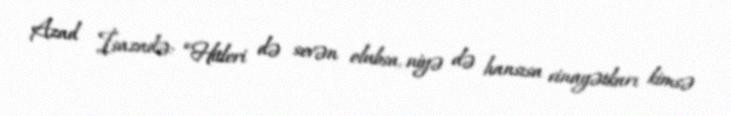
Azad İsazadə: “Hitleri də sevən olubsa, niyə də hansısa cinayətkarı kimsə